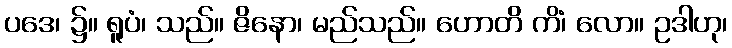
ပဒေ၊ ၌။ ရူပံ၊ သည်။ ဇိနော၊ မည်သည်။ ဟောတိ ကိံ၊ လော။ ဥဒါဟု၊